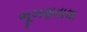
ભૂખણવાલા